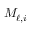
M _ { \ell , i }